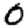
Digit: 0